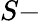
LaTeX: S-